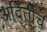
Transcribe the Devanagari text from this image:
अदितीचे